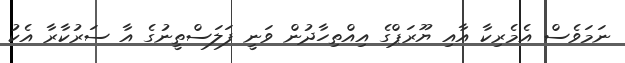
ނަމަވެސް އެމެރިކާ އާއި ޔޫރަޕްގެ އިއްތިހާދުން ވަނީ ފަލަސްތީނުގެ އާ ސަރުކާރާ އެކު